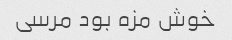
خوش مزه بود مرسی